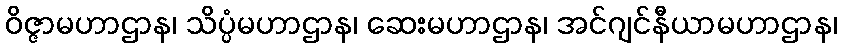
ဝိဇ္ဇာမဟာဌာန၊ သိပ္ပံမဟာဌာန၊ ဆေးမဟာဌာန၊ အင်ဂျင်နီယာမဟာဌာန၊